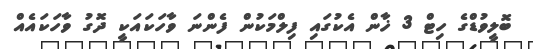
ބޮލީވުޑްގެ ހިޓް 3 ޚާން އެކުގައި ފިލްމަކުން ފެންނަ ވާހަކައަކީ ދޮގު ވާހަކައެއް